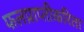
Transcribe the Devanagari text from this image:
फलप्राप्तीकरिता